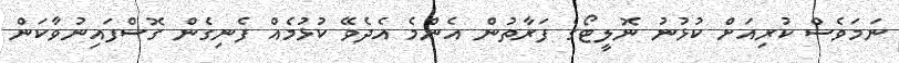
ނަމަވެސް ކުރިއަށް ކުޅުނު ނޮލީޓޯގެ ފަރާތުން އެންމެ އެދެވޭ ކުޅުމެއް ފެނިގެން ގޮސްފައިނުވާކަން